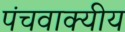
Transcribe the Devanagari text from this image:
पंचवाक्यीय